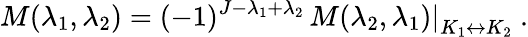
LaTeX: M(\lambda_{1},\lambda_{2})=(-1)^{J-\lambda_{1}+\lambda_{2}}\, \left.M(\lambda_{2},\lambda_{1})\right|_{K_{1}\leftrightarrow K_{2}}\ .